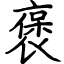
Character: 褒